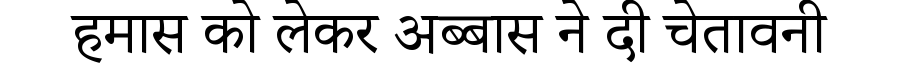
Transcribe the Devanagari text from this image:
हमास को लेकर अब्बास ने दी चेतावनी